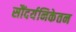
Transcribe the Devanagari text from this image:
सौंदर्यनिकेतन